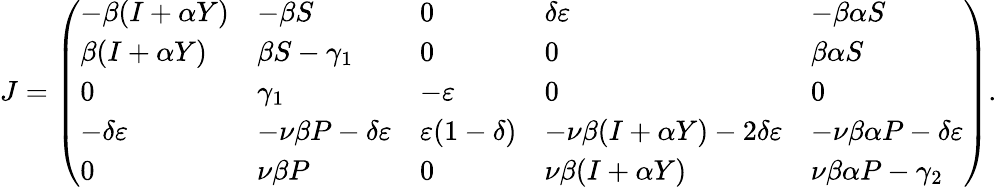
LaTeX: \begin{array}{r}{J=\left(\begin{array}{lllll}{-\beta(I+\alpha Y)}&{-\beta S}&{0}&{\delta\varepsilon}&{-\beta\alpha S}\\ {\beta(I+\alpha Y)}&{\beta S-\gamma_{1}}&{0}&{0}&{\beta\alpha S}\\ {0}&{\gamma_{1}}&{-\varepsilon}&{0}&{0}\\ {-\delta\varepsilon}&{-\nu\beta P-\delta\varepsilon}&{\varepsilon(1-\delta)}&{-\nu\beta(I+\alpha Y)-2\delta\varepsilon}&{-\nu\beta\alpha P-\delta\varepsilon}\\ {0}&{\nu\beta P}&{0}&{\nu\beta(I+\alpha Y)}&{\nu\beta\alpha P-\gamma_{2}}\end{array}\right).}\end{array}